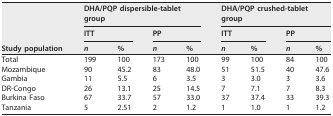
| <ROWSPAN=3> Study population | <COLSPAN=4> DHA/PQP dispersible-tablet group | <COLSPAN=4> DHA/PQP crushed-tablet group |
 | <COLSPAN=2> ITT | <COLSPAN=2> PP | <COLSPAN=2> ITT | <COLSPAN=2> PP |
 | n | % | n | % | n | % | n | % |
 | --- | --- | --- | --- | --- | --- | --- | --- | --- |
 | Total | 199 | 100 | 173 | 100 | 99 | 100 | 84 | 100 |
 | Mozambique | 90 | 45.2 | 83 | 48.0 | 51 | 51.5 | 40 | 47.6 |
 | Gambia | 11 | 5.5 | 6 | 3.5 | 3 | 3.0 | 3 | 3.6 |
 | DR-Congo | 26 | 13.1 | 25 | 14.5 | 7 | 7.1 | 7 | 8.3 |
 | Burkina Faso | 67 | 33.7 | 57 | 33.0 | 37 | 37.4 | 33 | 39.3 |
 | Tanzania | 5 | 2.51 | 2 | 1.2 | 1 | 1.0 | 1 | 1.2 |